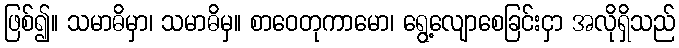
ဖြစ်၍။ သမာဓိမှာ၊ သမာဓိမှ။ စာဝေတုကာမော၊ ရွေ့လျောစေခြင်းငှာ အလိုရှိသည်